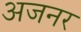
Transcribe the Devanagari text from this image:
अजनर